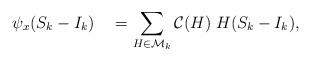
LaTeX: \begin{align*} \psi_x (S_k-I_k) \quad=\sum_{H\in\mathcal M_k} \mathcal C(H) \; H(S_k-I_k), \end{align*}